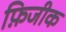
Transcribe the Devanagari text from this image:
फ़िजीक